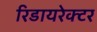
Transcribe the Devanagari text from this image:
रिडायरेक्टर